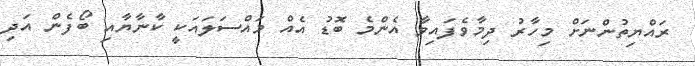
ރައްޔިތުންނަށް މިހާރު ދިމާވެފައިވާ އެންމެ ބޮޑު އެއް މައްސަލައަކީ ކާނާޔާއި ބޯފެން އަދި